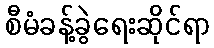
စီမံခန့်ခွဲရေးဆိုင်ရာ